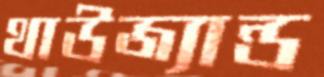
থাউজ্যান্ড